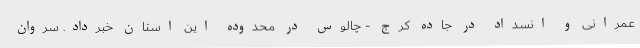
عمرانی و انسداد در جاده کرج - چالوس در محدوده این استان خبرداد. سروان